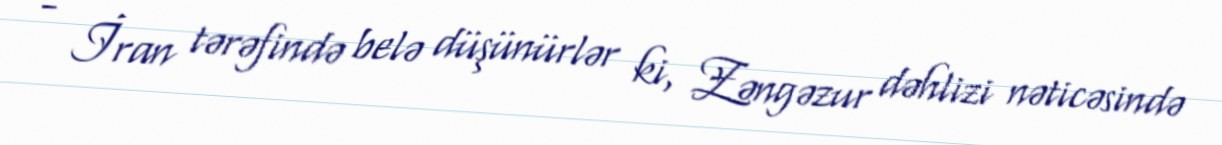
- İran tərəfində belə düşünürlər ki, Zəngəzur dəhlizi nəticəsində